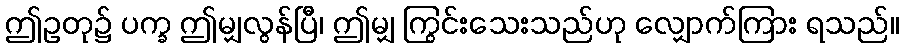
ဤဥတု၌ ပက္ခ ဤမျှလွန်ပြီ၊ ဤမျှ ကြွင်းသေးသည်ဟု လျှောက်ကြား ရသည်။